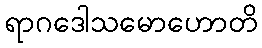
ရာဂဒေါသမောဟောတိ